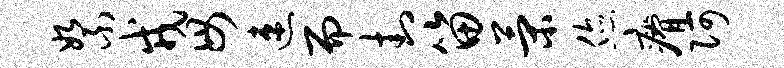
絮戎毋速而封笛策您瘠阿